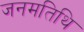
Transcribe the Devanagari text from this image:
जनमतिथि